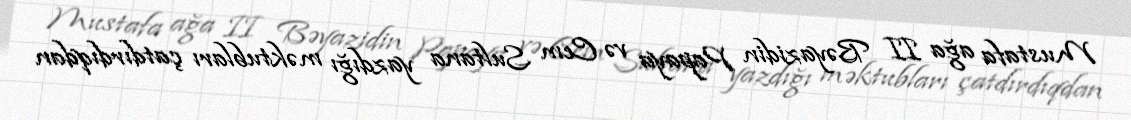
Mustafa ağa II Bəyazidin Papaya və Cem Sultana yazdığı məktubları çatdırdıqdan